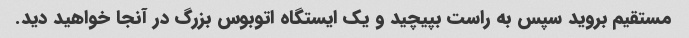
مستقیم بروید سپس به راست بپیچید و یک ایستگاه اتوبوس بزرگ در آنجا خواهید دید.